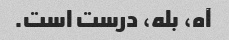
آه، بله، درست است.